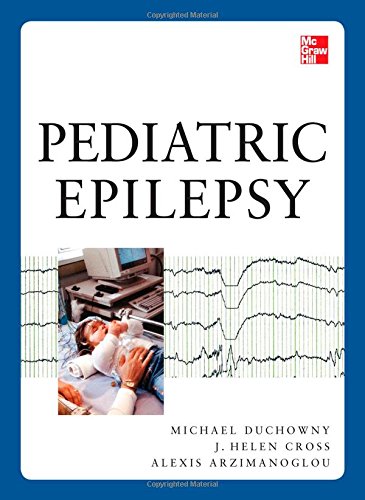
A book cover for Pediatric Epilepsy; Michael Duchowny; Health, Fitness & Dieting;